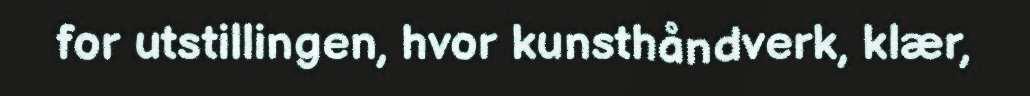
for utstillingen, hvor kunsthåndverk, klær,